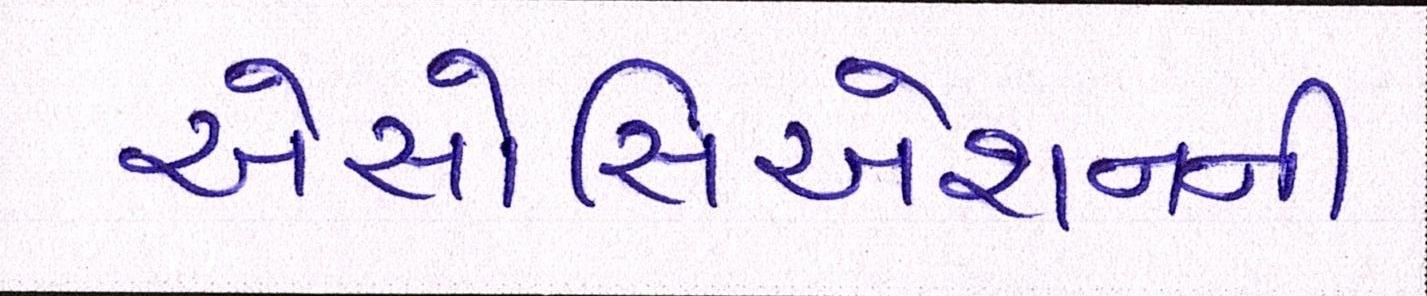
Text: એસોસિએશનની